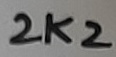
Text: 2K2